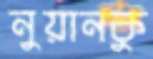
নুয়ানকু